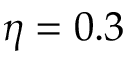
\eta = 0 . 3